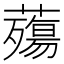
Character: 𧀫